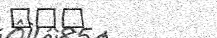
١١٨